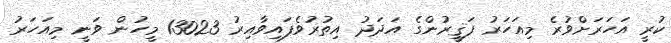
ކުރީ އަހަރަށްވުރެ މިއަހަރު ފަޤީރުންގެ އަދަދު އިތުރުވެފައިވާއިރު 13023 މީހުން ވަނީ މިއަހަރު